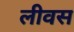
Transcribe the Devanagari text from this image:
लीवस